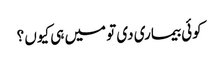
کوئی بیماری دی تو میں ہی کیوں ؟